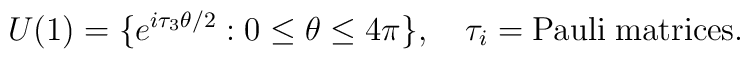
U(1) = \{ e^{i {\tau}_3 \theta/2} : 0 \leq \theta \leq 4 \pi \} , 		\quad {\tau}_i = {\rm Pauli \; matrices}.